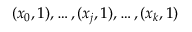
( x _ { 0 } , 1 ) , \ldots , ( x _ { j } , 1 ) , \ldots , ( x _ { k } , 1 )